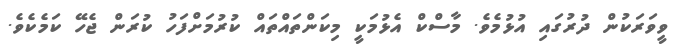
ވީވަރަކުން ދުރުގައި އުޅުމެވެ. މާސްކް އެޅުމަކީ މިކަންތައްތައް ކުރުމަށްފަހު ކުރަން ޖެހޭ ކަމެކެވެ.